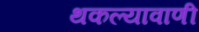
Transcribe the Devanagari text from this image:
थकल्यावाणी